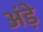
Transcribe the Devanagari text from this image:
अंड़े